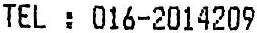
TEL : 016-2014209